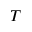
T